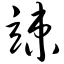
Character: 竦